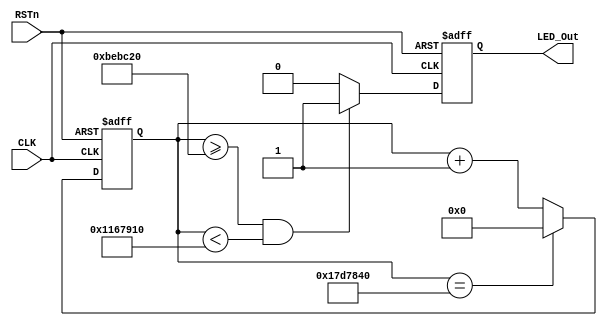
module led2_module
(
    CLK,RSTn,LED_Out
);

input CLK;
input RSTn;
output LED_Out;

parameter T500MS = 25'd25_000_000;

reg[24:0]Count1;

always@(posedge CLK or negedge RSTn)
if(!RSTn)
    Count1<=25'd0;
else if(Count1 == T500MS)
    Count1<=25'd0;
else
    Count1<=Count1+1'b1;
	
	
reg rLED_Out;

always@(posedge CLK or negedge RSTn)
if(!RSTn)
    rLED_Out<=1'b0;
else if(Count1>=25'd12_500_000 && Count1<25'd18_250_000)
    rLED_Out<=1'b1;
else
    rLED_Out<=1'b0;
	
assign LED_Out=rLED_Out;

endmodule